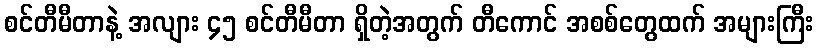
စင်တီမီတာနဲ့ အလျား ၄၅ စင်တီမီတာ ရှိတဲ့အတွက် တီကောင် အစစ်တွေထက် အများကြီး